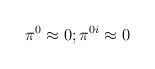
LaTeX: \begin{align*}\pi^0 \approx 0; \pi^{0i} \approx 0\end{align*}